Civil Veterinary Department Bengal reports 1923-33 - 1923-1933
Year: 1923
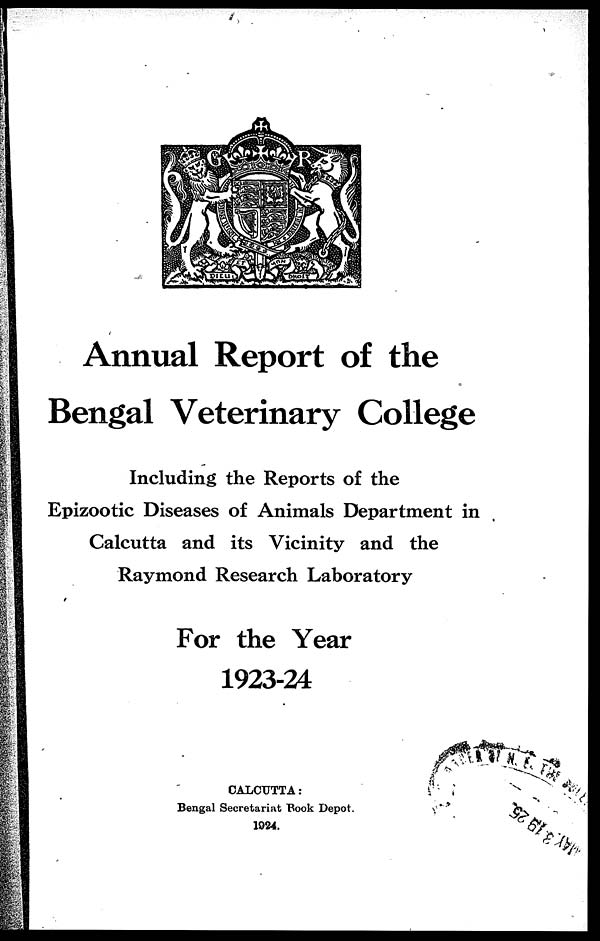
Annual Report of the
Bengal Veterinary College
Including the Reports of the
Epizootic Diseases of Animals Department in
Calcutta and its Vicinity and the
Raymond Research Laboratory
For the Year
1923-24
CALCUTTA:
Bengal Secretariat Book Depot.
1924.